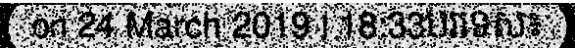
on 24 March 2019 | 18:33បរទេស៖